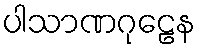
ပါသာဏဂုဠေန